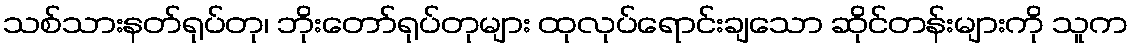
သစ်သားနတ်ရုပ်တု၊ ဘိုးတော်ရုပ်တုများ ထုလုပ်ရောင်းချသော ဆိုင်တန်းများကို သူက